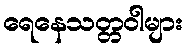
ရေနေသတ္တဝါများ